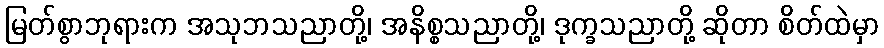
မြတ်စွာဘုရားက အသုဘသညာတို့၊ အနိစ္စသညာတို့၊ ဒုက္ခသညာတို့ ဆိုတာ စိတ်ထဲမှာ